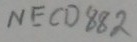
Text: NECD882